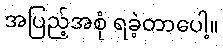
အပြည့်အစုံ ရခဲ့တာပေါ့။